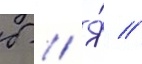
б // Я́ //